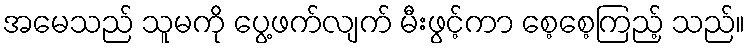
အမေသည် သူမကို ပွေ့ဖက်လျက် မီးဖွင့်ကာ စေ့စေ့ကြည့် သည်။